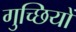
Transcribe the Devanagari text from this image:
गुच्छियों